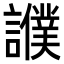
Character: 𧭎